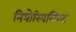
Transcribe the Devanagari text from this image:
नियोरियलिस्ट